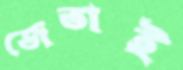
জেতাই